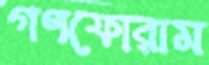
গণফোরাম